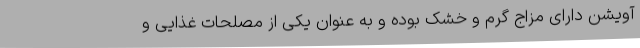
آویشن دارای مزاج گرم و خشک بوده و به عنوان یکی از مصلحات غذایی و